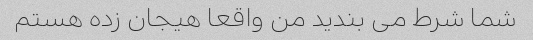
شما شرط می بندید من واقعا هیجان زده هستم